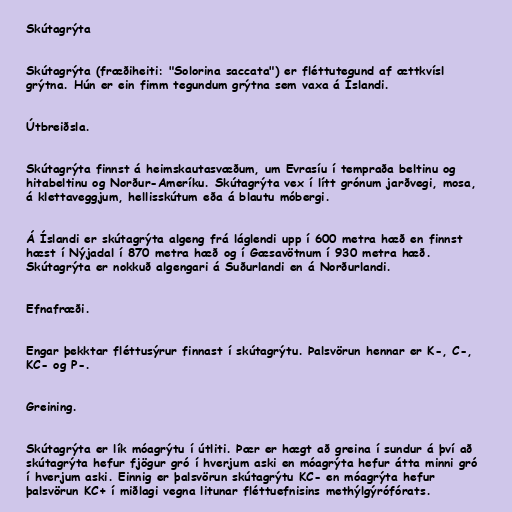
Skútagrýta

Skútagrýta (fræðiheiti: "Solorina saccata") er fléttutegund af ættkvísl
grýtna. Hún er ein fimm tegundum grýtna sem vaxa á Íslandi.

Útbreiðsla.

Skútagrýta finnst á heimskautasvæðum, um Evrasíu í tempraða beltinu og
hitabeltinu og Norður-Ameríku. Skútagrýta vex í lítt grónum jarðvegi, mosa,
á klettaveggjum, hellisskútum eða á blautu móbergi.

Á Íslandi er skútagrýta algeng frá láglendi upp í 600 metra hæð en finnst
hæst í Nýjadal í 870 metra hæð og í Gæsavötnum í 930 metra hæð.
Skútagrýta er nokkuð algengari á Suðurlandi en á Norðurlandi.

Efnafræði.

Engar þekktar fléttusýrur finnast í skútagrýtu. Þalsvörun hennar er K-, C-,
KC- og P-.

Greining.

Skútagrýta er lík móagrýtu í útliti. Þær er hægt að greina í sundur á því að
skútagrýta hefur fjögur gró í hverjum aski en móagrýta hefur átta minni gró
í hverjum aski. Einnig er þalsvörun skútagrýtu KC- en móagrýta hefur
þalsvörun KC+ í miðlagi vegna litunar fléttuefnisins methýlgýrófórats.